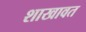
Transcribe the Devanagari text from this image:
शाखावत